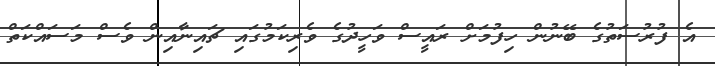
އެ ފުރުސަތުގެ ބޭނުން ހިފުމަށް ރައީސް ވަހީދުގެ ވެރިކަމުގައި ޗައިނާއިން ވެސް މަސައްކަތް